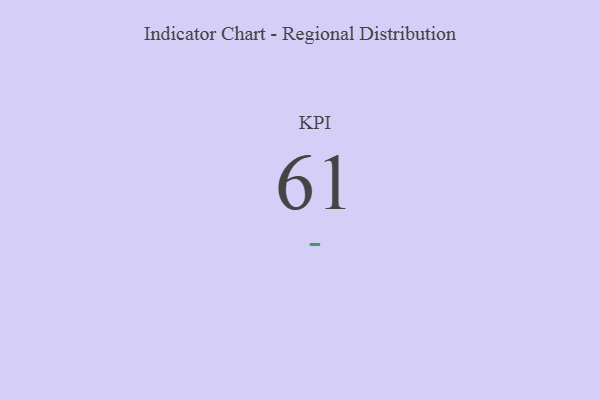
{"axis": {"x": "KPI", "y": "Value"}, "legend": [""], "data": [{"x": "KPI", "y": 61, "type": ""}]}